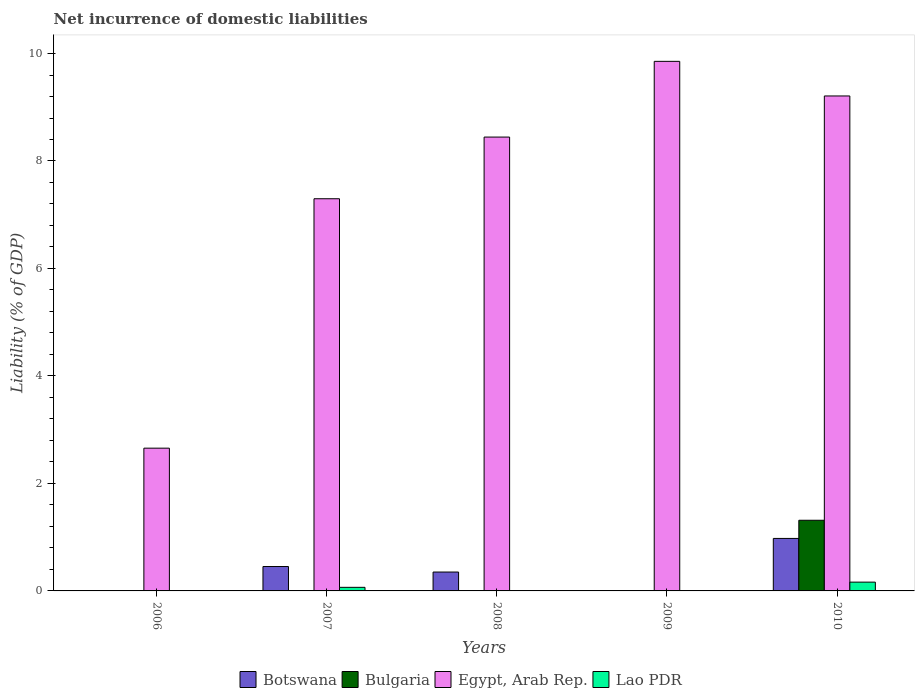
| Years | Botswana | Bulgaria | Egypt, Arab Rep. | Lao PDR |
 | --- | --- | --- | --- | --- |
 | 2006 | -0.564 | -0.861 | 2.66 | -0.0917 |
 | 2007 | 0.454 | -0.494 | 7.3 | 0.0666 |
 | 2008 | 0.351 | -0.443 | 8.45 | -0.429 |
 | 2009 | -1.71 | -0.358 | 9.85 | -0.266 |
 | 2010 | 0.977 | 1.31 | 9.21 | 0.164 |